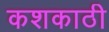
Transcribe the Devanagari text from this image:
कशकाठी